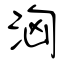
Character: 洶